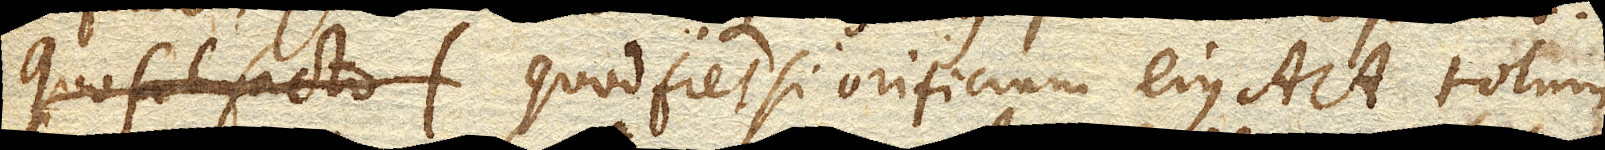
Quo facto Quod fiet si orificium ejus aa. totum